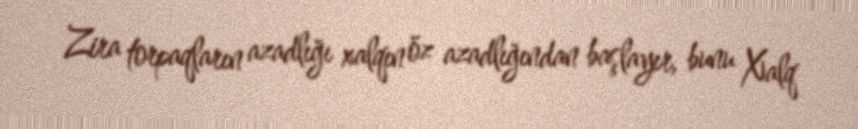
Zira torpaqların azadlığı xalqın öz azadlığından başlayır, bunu Xalq